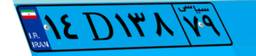
۷۸D۵۸۹۸۰